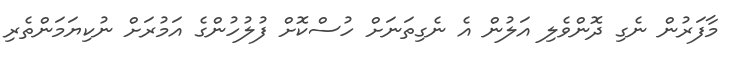
މާފަރުން ނެގި ދޮންވެލި އަލުން އެ ނެގިތަނަށް ހުސްކޮށް ފުލުހުންގެ އަމުރަށް ނުކިޔަމަންތެރި